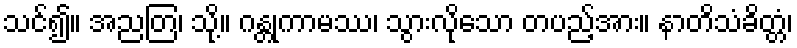
သင်၍။ အညတြ၊ သို့။ ဂန္တုကာမဿ၊ သွားလိုသော တပည့်အား။ နာတိသံခိတ္တံ၊